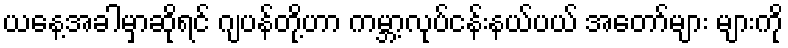
ယနေ့အခါမှာဆိုရင် ဂျပန်တို့ဟာ ကမ္ဘာ့လုပ်ငန်းနယ်ပယ် အတော်များ များကို